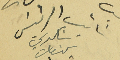
نائب الرئيسَ شكري كنعان